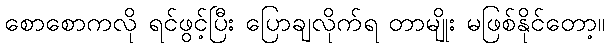
စောစောကလို ရင်ဖွင့်ပြီး ပြောချလိုက်ရ တာမျိုး မဖြစ်နိုင်တော့။